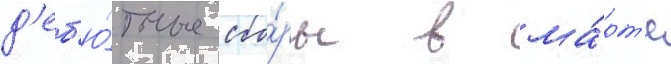
д'еб'ю́тные сбо́ры в ма́рт'е